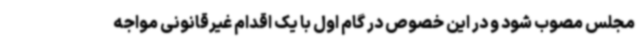
مجلس مصوب شود و در این خصوص در گام اول با یک اقدام غیرقانونی مواجه